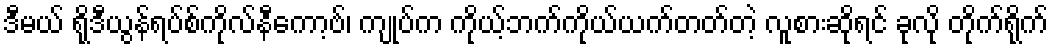
ဒီမယ် ရိုဒီယွန်ရပ်စ်ကိုလ်နီကော့ဗ်၊ ကျုပ်က ကိုယ့်ဘက်ကိုယ်ယက်တတ်တဲ့ လူစားဆိုရင် ခုလို တိုက်ရိုက်